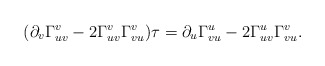
\begin{align*} (\partial_v\Gamma_{uv}^v-2\Gamma_{uv}^v\Gamma_{vu}^v)\tau=\partial_u\Gamma_{vu}^u-2\Gamma_{uv}^u\Gamma_{vu}^v.\end{align*}